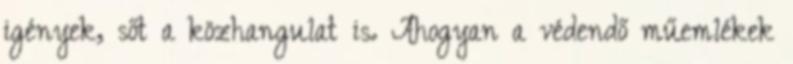
igények, sőt a közhangulat is. Ahogyan a védendő műemlékek